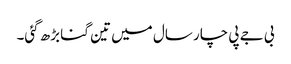
بی جے پی چار سال میں تین گنا بڑھ گئی۔